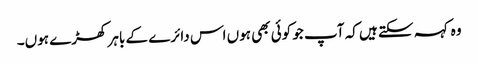
وہ کہہ سکتے ہیں کہ آپ جو کوئی بھی ہوں اس دائرے کے باہر کھڑے ہوں۔